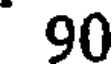
90